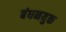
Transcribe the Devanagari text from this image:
बंधनयुक्त